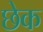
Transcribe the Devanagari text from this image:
छेक